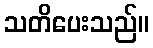
သတိပေးသည်။